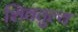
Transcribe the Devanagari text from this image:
शिवतुल्य